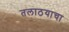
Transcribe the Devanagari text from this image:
तलाठयाचा